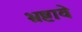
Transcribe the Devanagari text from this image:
भ्रष्टावे